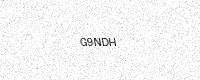
Text: G9NDH